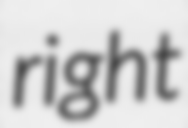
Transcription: right